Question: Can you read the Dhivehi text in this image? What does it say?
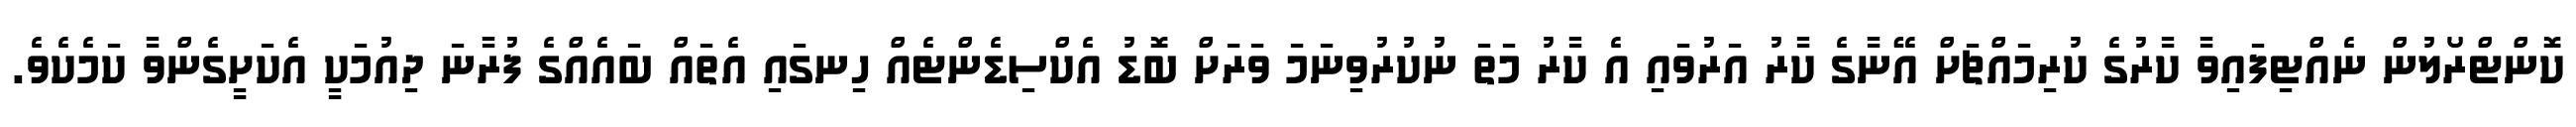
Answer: ކޮންޓްރޯލުން ނެއްޓިފައިވާ ކާރުގެ ކުރިމައްޗަށް އޭނާގެ ކާރު އަރުވައި އެ ކާރު މަތަ ނުކުރުވިނަމަ ވަރަށް ބޮޑު އެކްސިޑެންޓެއް ހިނގައި އެތައް ބައެއްގެ ފުރާނަ ދިއުމަކީ އެކަށީގެންވާ ކަމެކެވެ.